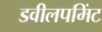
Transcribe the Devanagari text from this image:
डवीलपमिंट